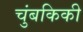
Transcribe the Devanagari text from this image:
चुंबकिकी